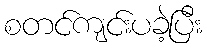
စတင်ကျင်းပခဲ့ပြီး